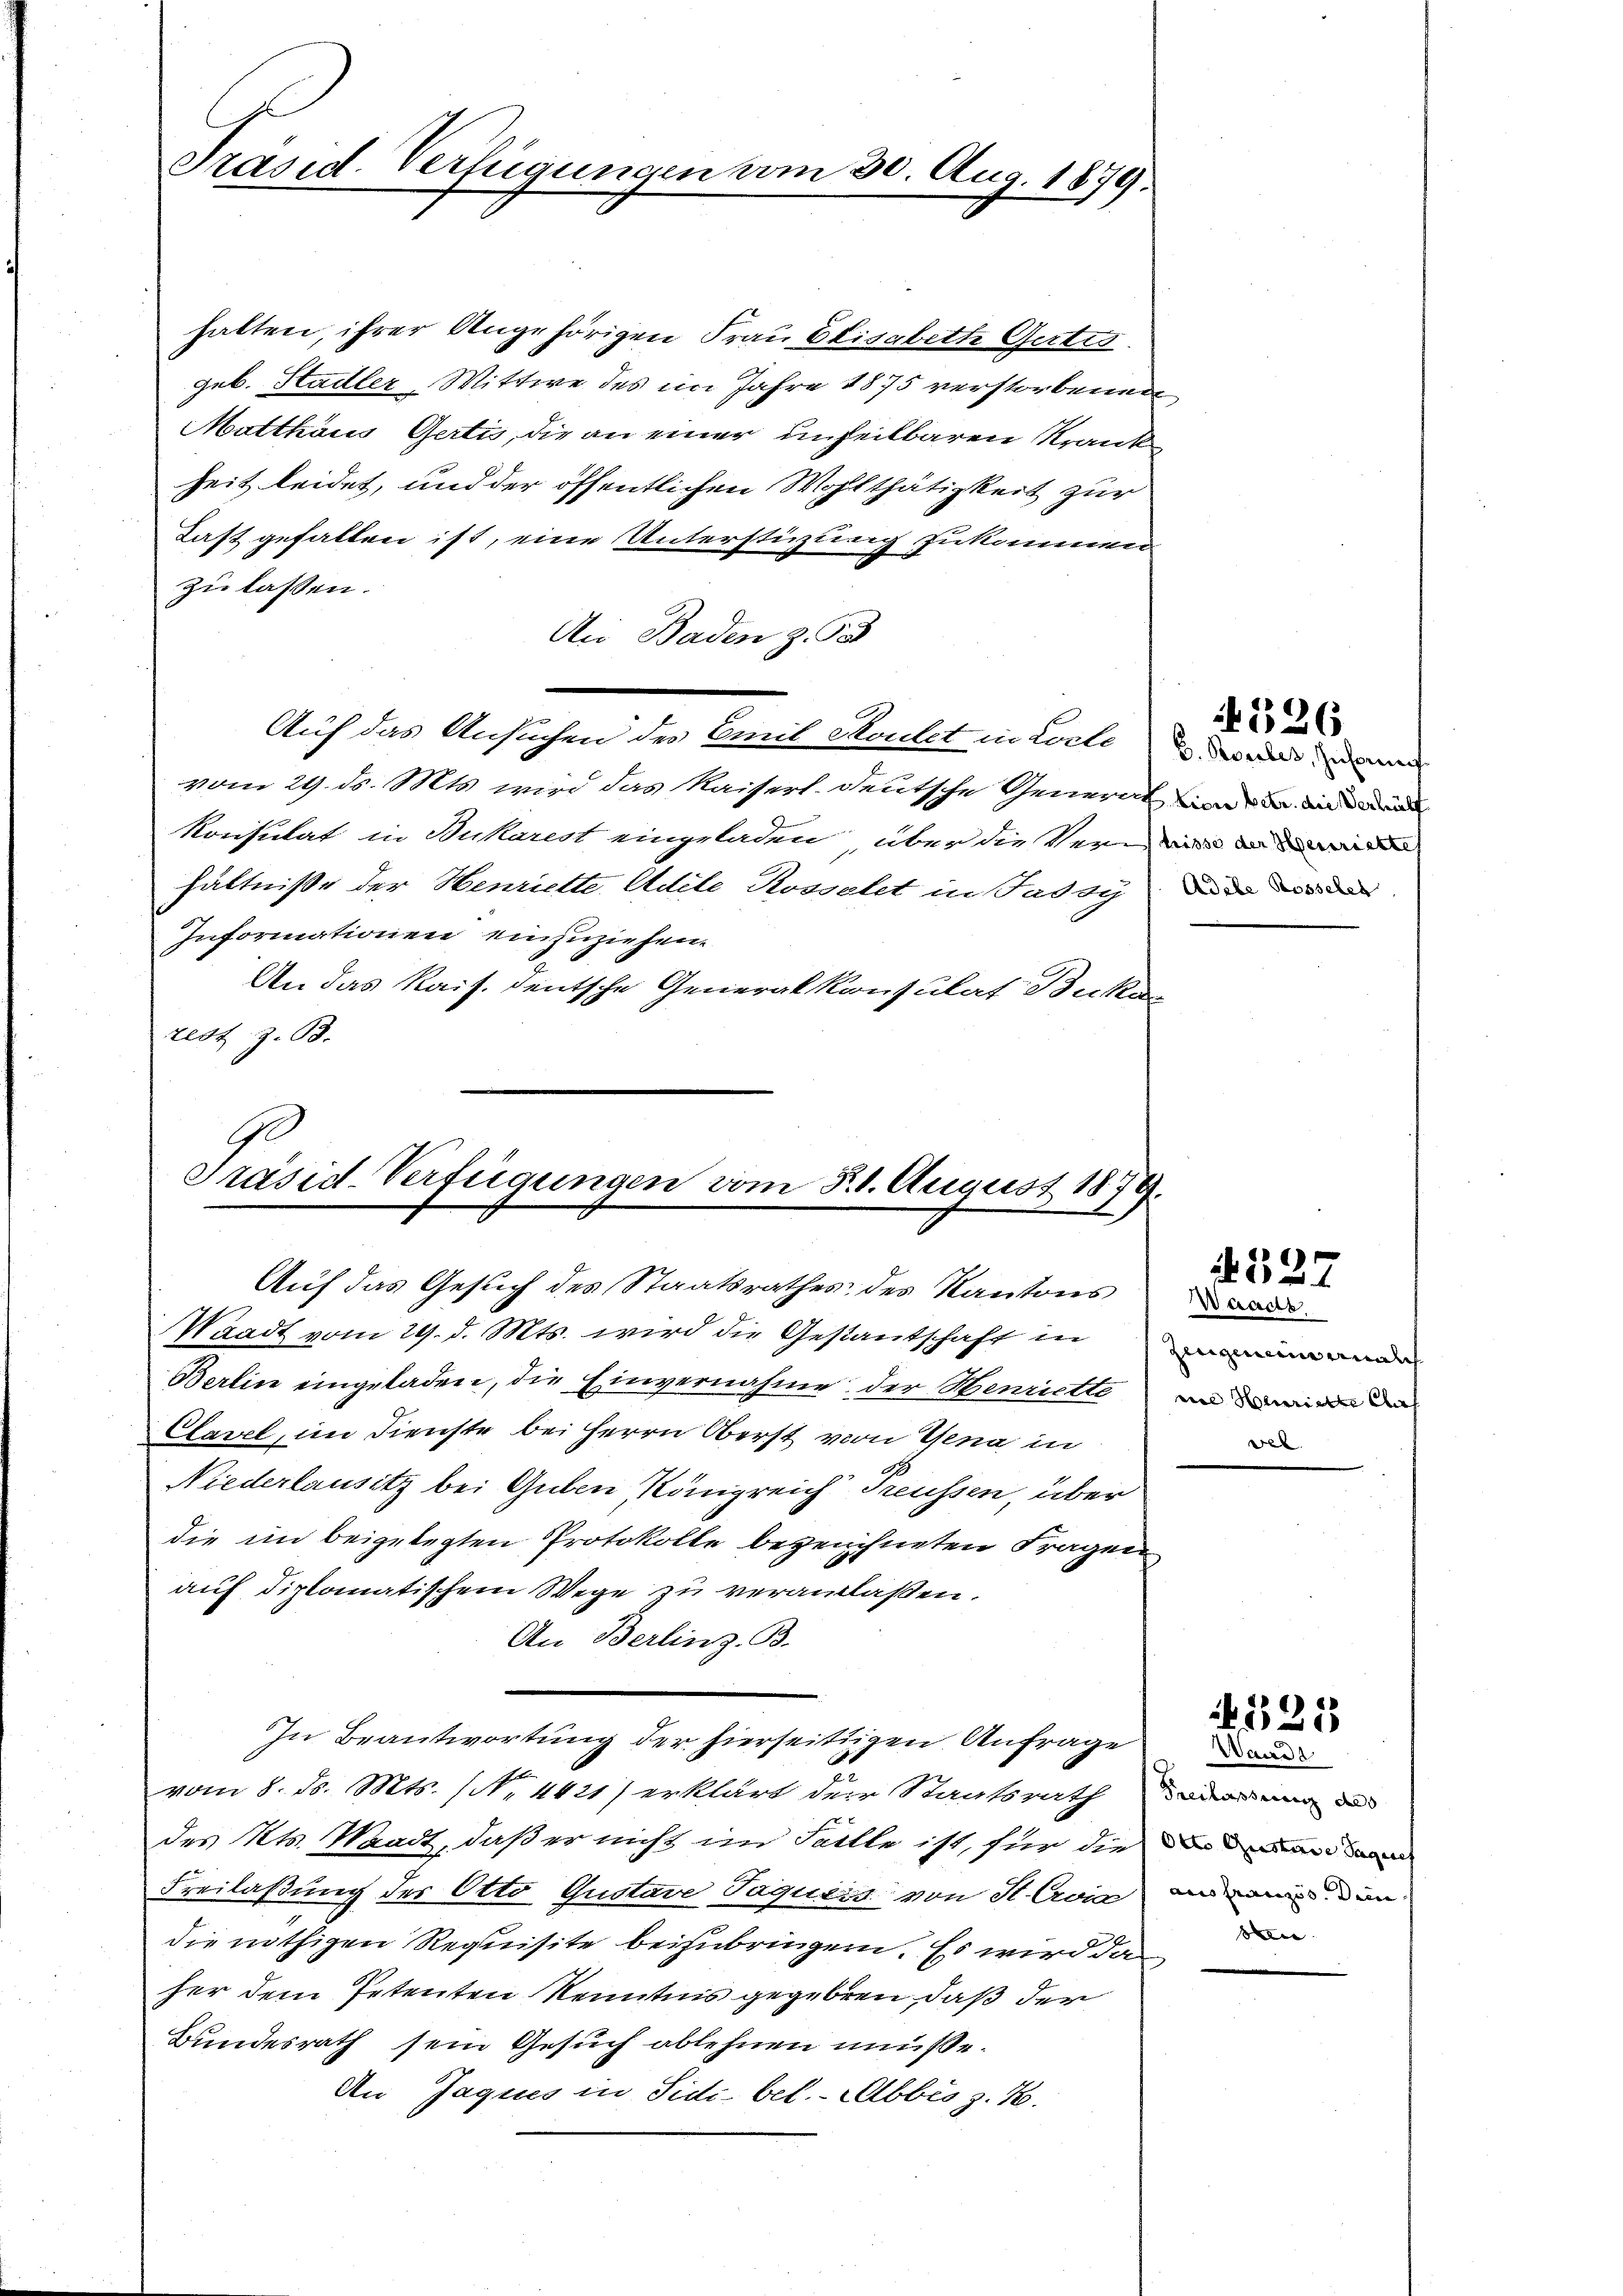
Präsid. Verfügungen vom 30. Aug. 1879.

hatten, ihrer Angehörigen Frau Elisabette Gertis
geb. Stadler-Wittwe des im Jahre 1875 verstorbenen,
Matthaus Gertis, die an einer unheilbaren Krank
heit leidet, und der öffentlichen Wohlthätigkeit zur
Last gefallen ist, eine Unterstüzung zukommen
zu lassen.
An Baden z. 93
Auf das Ansuchen der Comit Moulet in Loche u. Bordes Inn
vom 29. d. Mts. wird das Kaisers deutsche General und die d
Konsulat in Stukarest eingeladen, über die Verei
hältniße der Henriette Adele Rosselet in Jassy den
Informationen einzuziehen.
An das Kais. Deutsche Generalkonsulat Bukan
zedt z. B.

Ge
Präsid-Verfügungen vom 21. August 1874.
Auf das Gesuch des Staatsrathes des Kantons

Waadt vom 29. d. Mts. wird die Gestantschaft in
Berlin eingeladen, die Einvernahme der Henriette
Clavel, im Dienste bei Herrn Oberst von Gena in
Niederlausitz bei Guben, Königreich Preussen, über
die im beigelegten Protokolle bezeichneten Fragen
auf diplomatischem Wege zu veranlaßen.
An Berlinz. B.
In Beantwortung der hierseitigen Anfrage
vom 8. d. Mts. (N. 4421) erklärt der Staatsrath
x
des Kts. Waadt, daß er nicht im Falle ist, für die
Freilaßung der Otto Gustave Jaquess von St. Croia
die nöthigen Requisite beizubringen. Es wird da
her dem Petenten Kenntnis gegeben, daß der
Bundesrath sein Gesuch ablehnen müsse.
An Jaques in Sidi bet. - Abbis z. B.

326.

1527
Waacte
zingenein analis
me Henriette Ele
vel

225

Waadt
Freilassung des
Otto Gunstande Sagenes
aus französ. Dein
si